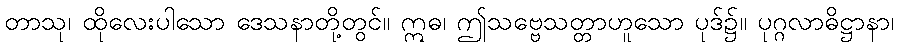
တာသု၊ ထိုလေးပါသော ဒေသနာတို့တွင်။ ဣဓ၊ ဤသဗ္ဗေသတ္တာဟူသော ပုဒ်၌။ ပုဂ္ဂလာဓိဋ္ဌာနာ၊